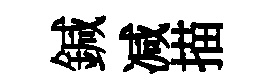
鍼减描